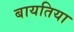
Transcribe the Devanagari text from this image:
बायतिया